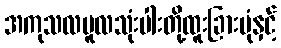
အကုသလမူလသုံးပါးတို့ထူးခြားပုံနှင့်